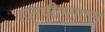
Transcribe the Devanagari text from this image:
एसपीएसएस